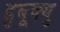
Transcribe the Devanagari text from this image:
डुबूक्यु